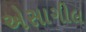
એસાગીલ